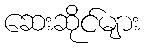
ဆေးဆိုင်များ